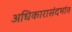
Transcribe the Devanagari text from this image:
अधिकारासंदर्भात